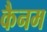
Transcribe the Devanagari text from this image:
कैनम